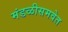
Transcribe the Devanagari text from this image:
मंडळीसमवेत